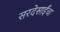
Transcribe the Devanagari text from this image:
सरदेसाईंचा